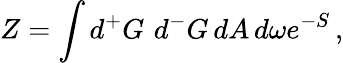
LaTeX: Z=\int d{^+G}\, \, d{^-G}\, dA\, d\omega e^{-S}\, ,